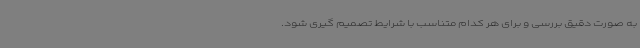
به صورت دقیق بررسی و برای هر کدام متناسب با شرایط تصمیم گیری شود.